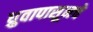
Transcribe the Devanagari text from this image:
ध्रुवापासूनचे